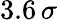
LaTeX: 3.6\, \sigma